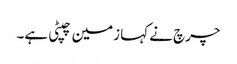
چرچ نے کہا زمین چپٹی ہے۔